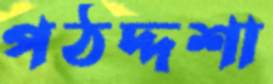
পঠদ্দশা